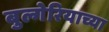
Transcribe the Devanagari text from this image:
बुल्गेरियाच्या